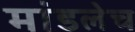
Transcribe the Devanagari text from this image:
मांडलेच